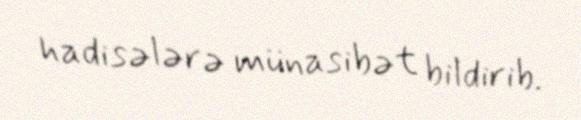
hadisələrə münasibət bildirib.